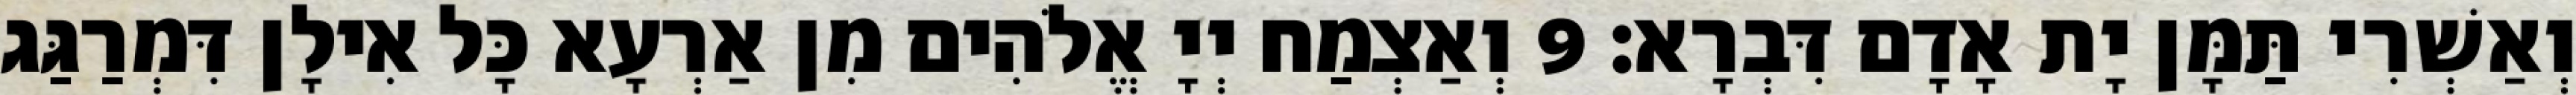
וְאַשְׁרִי תַּמָּן יָת אָדָם דִּבְרָא׃ 9 וְאַצְמַח יְיָ אֱלֹהִים מִן אַרְעָא כָּל אִילָן דִּמְרַגַּג